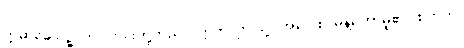
ဣမာခေါပဉ္စ၊ ဤငါးပါးတို့တည်း။ ဣတိ၊ ဤသို့။ အဝေါစ၊ မိန့်တော်မူ၏။ စတုတ္ထံ၊